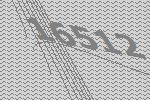
16512